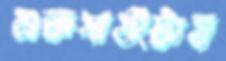
শুকপাখীটায়